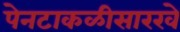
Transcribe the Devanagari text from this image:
पेनटाकळीसारखे